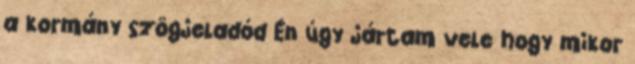
a kormány szögjeladód Én úgy jártam vele hogy mikor